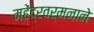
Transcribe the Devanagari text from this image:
महेंद्रवर्मनाने